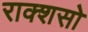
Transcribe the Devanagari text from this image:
राक्शसो